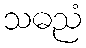
သဓညံ